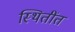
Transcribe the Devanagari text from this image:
स्थितींत